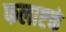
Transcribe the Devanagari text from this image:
फलाष्टकं